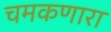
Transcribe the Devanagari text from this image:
चमकणारा